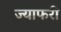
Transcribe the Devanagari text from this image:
ज्याफरी